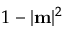
1 - | \mathbf { m } | ^ { 2 }